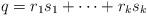
LaTeX: \begin{align*} q=r_1 s_1 + \cdots + r_k s_k\end{align*}